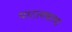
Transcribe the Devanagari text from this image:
पाटलकाष्ठ